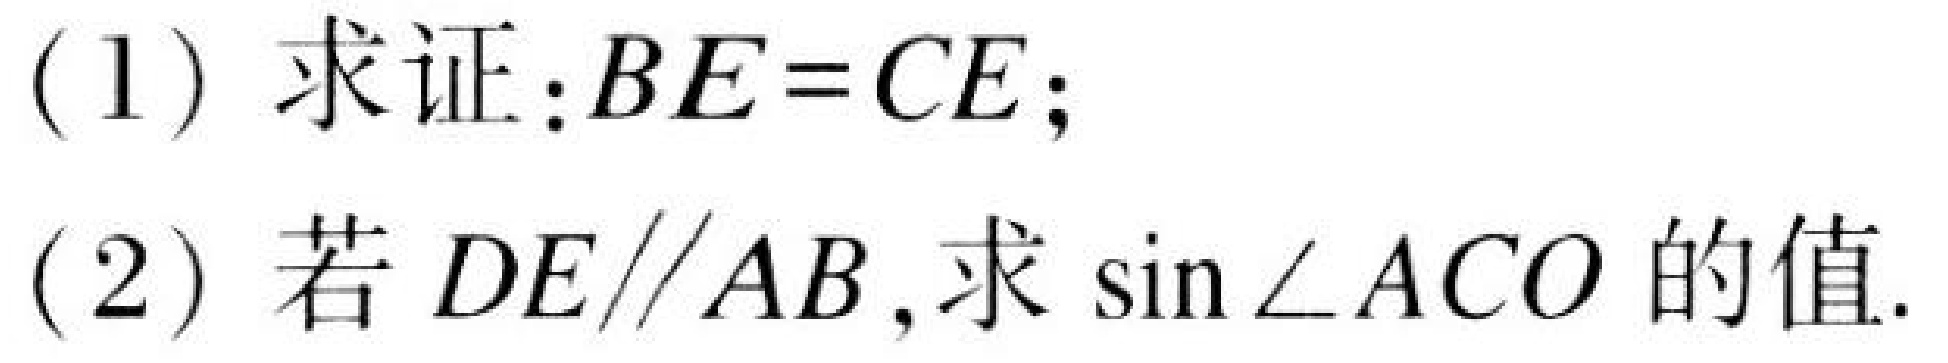
(1) 求证：\(BE = CE\)；
(2) 若\(DE\parallel AB\)，求\(\sin\angle ACO\)的值.